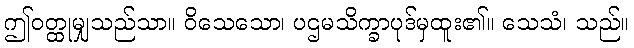
ဤဝတ္ထုမျှသည်သာ။ ဝိသေသော၊ ပဌမသိက္ခာပုဒ်မှထူး၏။ သေသံ၊ သည်။